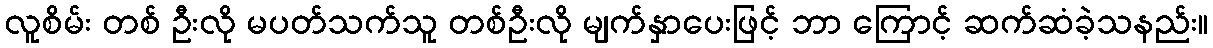
လူစိမ်း တစ် ဦးလို မပတ်သက်သူ တစ်ဦးလို မျက်နှာပေးဖြင့် ဘာ ကြောင့် ဆက်ဆံခဲ့သနည်း။